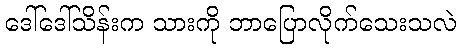
ဒေါ်ဒေါ်သိန်းက သားကို ဘာပြောလိုက်သေးသလဲ